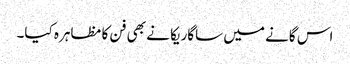
اس گانے میں ساگاریکا نے بھی فن کا مظاہرہ کیا۔